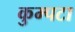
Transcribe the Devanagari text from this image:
कुम्पटा